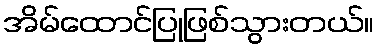
အိမ်ထောင်ပြုဖြစ်သွားတယ်။